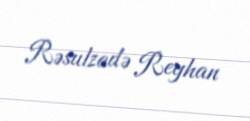
Rəsulzadə Reyhan